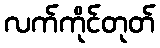
လက်ကိုင်တုတ်